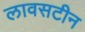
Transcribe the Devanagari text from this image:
लावसटीन